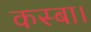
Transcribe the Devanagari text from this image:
कस्बा।